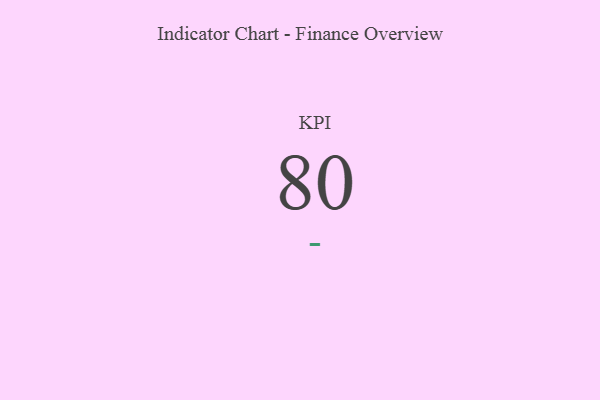
{"axis": {"x": "KPI", "y": "Value"}, "legend": [""], "data": [{"x": "KPI", "y": 80, "type": ""}]}